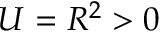
U = R ^ { 2 } > 0